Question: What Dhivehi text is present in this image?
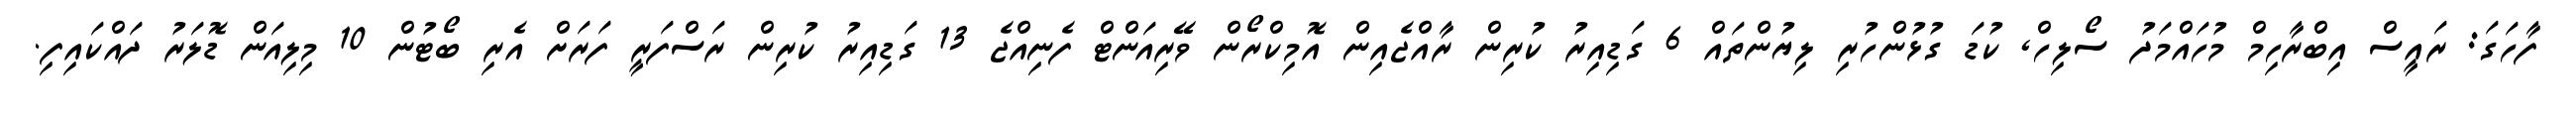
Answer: ފާހަގަ: ރައީސް އިބްރާހިމް މުހައްމަދު ސޯލިހް, ކުޑަ ގުޅުންހުރި ލިޔުންތައް 6 ގަޑިއިރު ކުރިން ރާއްޖެއިން އޮމިކްރޯން ވޭރިއަންޓް ފެނިއްޖެ 13 ގަޑިއިރު ކުރިން ރަސްފަރީ ފަރަށް އެރި ބޯޓުން 10 މިލިއަން ޑޮލަރު ދައްކައިފި.